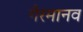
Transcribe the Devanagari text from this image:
गैरमानव